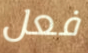
فعل